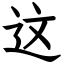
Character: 这